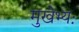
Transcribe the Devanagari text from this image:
मुखेभ्यः